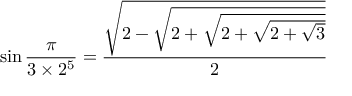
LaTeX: \sin { \frac { \pi } { 3 \times 2 ^ { 5 } } } = { \frac { \sqrt { 2 - { \sqrt { 2 + { \sqrt { 2 + { \sqrt { 2 + { \sqrt { 3 } } } } } } } } } } { 2 } }